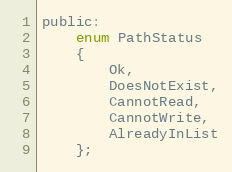
Language: C
public:
    enum PathStatus
    {
        Ok,
        DoesNotExist,
        CannotRead,
        CannotWrite,
        AlreadyInList
    };